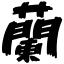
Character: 蘭